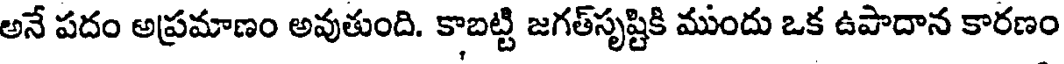
అనే పదం అప్రమాణం అవుతుంది. కాబట్టి జగత్సృష్టికి ముందు ఒక ఉపాదాన కారణం